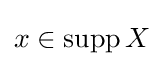
x\in \mathrm {supp} \,X